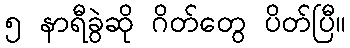
၅ နာရီခွဲဆို ဂိတ်တွေ ပိတ်ပြီ။